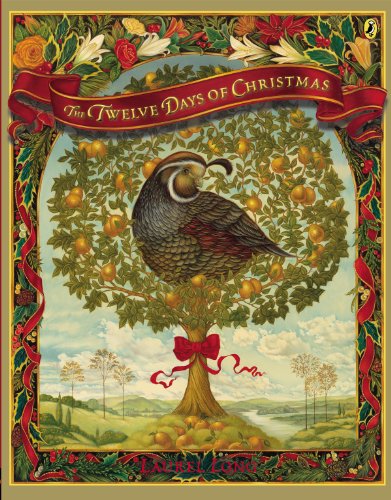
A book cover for The Twelve Days of Christmas; Laurel Long; Children's Books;